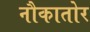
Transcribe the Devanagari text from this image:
नौकातोर